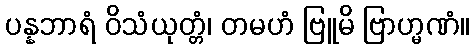
ပန္နဘာရံ ဝိသံယုတ္တံ၊ တမဟံ ဗြူမိ ဗြာဟ္မဏံ။